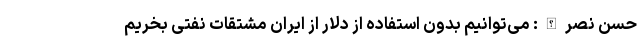
حسن نصرالله: می‌توانیم بدون استفاده از دلار از ایران مشتقات نفتی بخریم